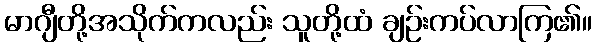
မာဂျီတို့အသိုက်ကလည်း သူတို့ထံ ချဉ်းကပ်လာကြ၏။